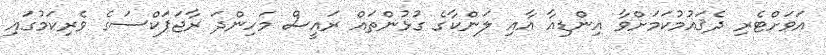
އަވަށްޓެރި ދެޤައުމުކަމަށްވާ އިންޑިއާ އާއި ލަންކާގެ ގުޅުންތައް ރައީސް މަހިންދަ ރާޖަޕަކްސަގެ ވެރިކަމުގައި